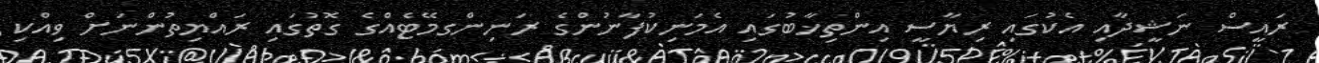
ރައީސް ނަޝީދާއި އެކުގައި ރިޔާސީ އިންތިޚާބުގައި އެމަނިކުފާނުންގެ ރަނިންގމޭޓެއްގެ ގޮތުގައި ރައްޔިތުންނަށް ވިއްކި